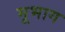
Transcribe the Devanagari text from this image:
मूभाग